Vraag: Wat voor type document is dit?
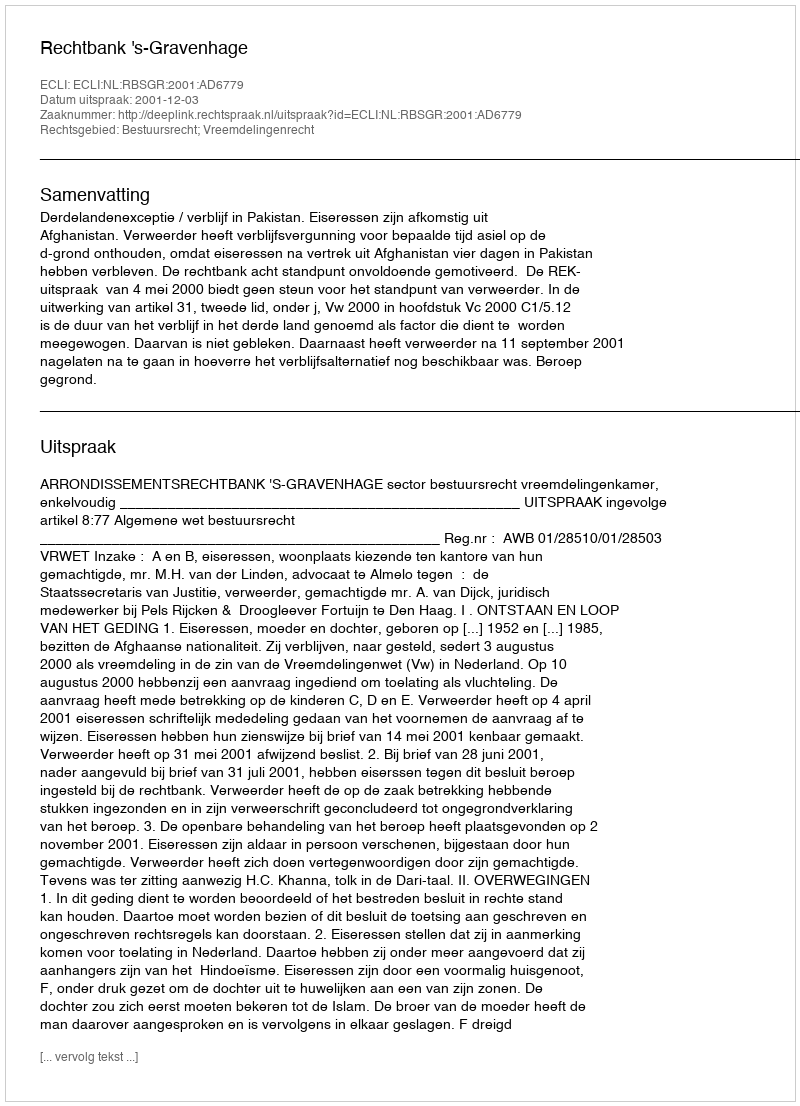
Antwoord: Uitspraak